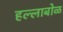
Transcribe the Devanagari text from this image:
हल्लाबोळ